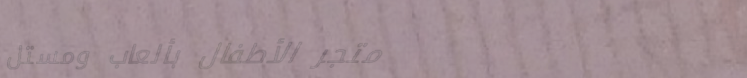
متجر الأطفال بألعاب ومستل